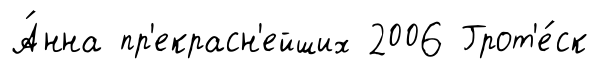
А́нна пр'екрасн'ейших 2006 Грот'е́ск